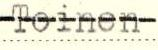
Toinen